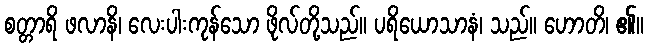
စတ္တာရိ ဖလာနိ၊ လေးပါးကုန်သော ဖိုလ်တို့သည်။ ပရိယောသာနံ၊ သည်။ ဟောတိ၊ ၏။